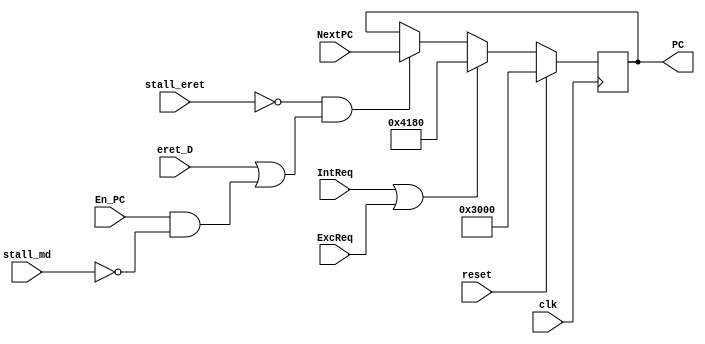
`timescale 1ns / 1ps
//////////////////////////////////////////////////////////////////////////////////
// Company: 
// Engineer: 
// 
// Design Name: 
// Module Name:    PC 
// Project Name: 
// Target Devices: 
// Tool versions: 
// Description: 
//
// Dependencies: 
//
// Revision: 
// Revision 0.01 - File Created
// Additional Comments: 
//
//////////////////////////////////////////////////////////////////////////////////
`default_nettype none
module PC(
	input wire clk,
	input wire reset,
	input wire [31:0] NextPC,
	input wire En_PC,
	input wire stall_md,
	output reg [31:0] PC,
	//
	input wire IntReq,
	input wire ExcReq,
	input wire eret_D,
	input wire stall_eret
    );
	
	initial begin
		PC = 32'h00003000;
	end
	
	always @(posedge clk) begin
		if (reset) begin
			PC <= 32'h00003000;
		end
		else begin
			if (IntReq || ExcReq) begin
				PC <= 32'h00004180;
			end
			else if ((!stall_eret) && (eret_D || (En_PC && !stall_md))) begin
				PC <= NextPC;
			end
		end
	end

endmodule